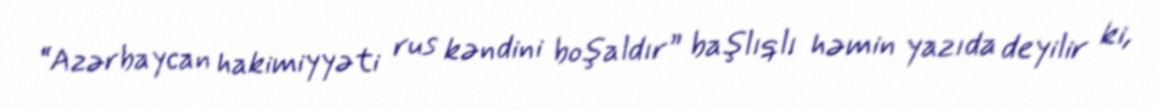
“Azərbaycan hakimiyyəti rus kəndini boşaldır” başlıqlı həmin yazıda deyilir ki,